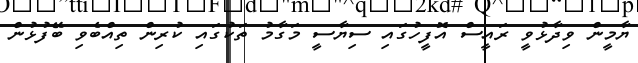
ޔާމީން ވިދާޅުވީ ރައީސް އޮފީހުގައި ސިޔާސީ މަގާމު ތަކުގައި ކުރިން ތިއްބެވި ބޭފުޅުން